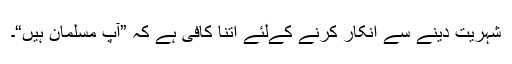
شہریت دینے سے انکار کرنے کےلئے اتنا کافی ہے کہ ”آپ مسلمان ہیں“۔